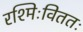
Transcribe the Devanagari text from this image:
रश्मिःविततः